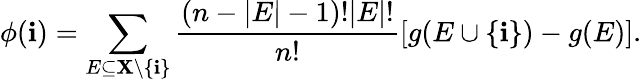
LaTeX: \phi(\mathbf{i})=\sum_{E\subseteq\mathbf{{X}}\backslash\{ \mathbf{i}\} }{\frac{{(n-|E|-1)!|E|!}}{{n!}}}[g(E\cup\{ \mathbf{i}\} )-g(E)].